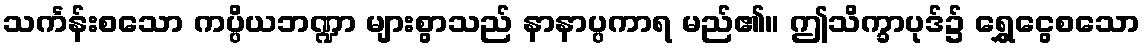
သင်္ကန်းစသော ကပ္ပိယဘဏ္ဍာ များစွာသည် နာနာပ္ပကာရ မည်၏။ ဤသိက္ခာပုဒ်၌ ရွှေငွေစသော